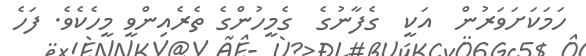
ހަމަކަށަވަރުން  އަކީ  ގެފާނުގެ  ގެމީހުންގެ ތެރެއިންވީ މީހެކެވެ. ފަހެ